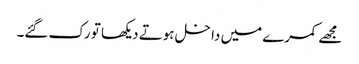
مجھے کمرے میں داخل ہوتے دیکھا تو رک گئے۔